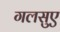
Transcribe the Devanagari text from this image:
गलसुए